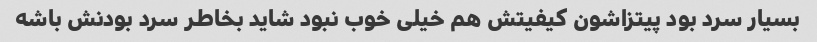
بسیار سرد بود پیتزاشون کیفیتش هم خیلی خوب نبود شاید بخاطر سرد بودنش باشه